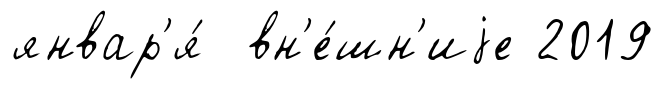
январ'я́ вн'е́шн'иjе 2019